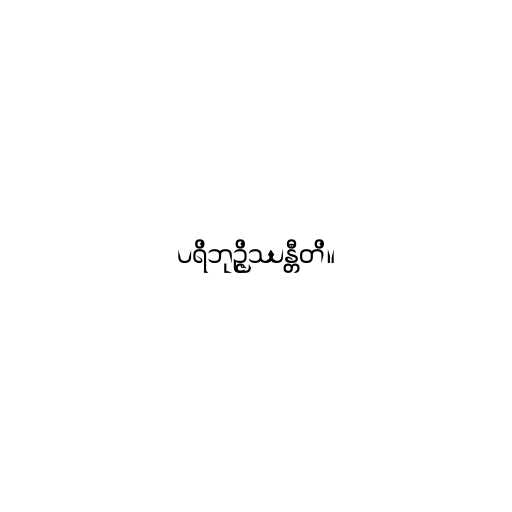
ပရိဘုဉ္ဇိဿန္တီတိ။